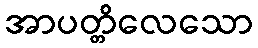
အာပတ္တိလေသော